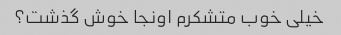
خیلی خوب متشکرم اونجا خوش گذشت؟